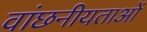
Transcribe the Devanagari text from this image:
वांछनीयताओं